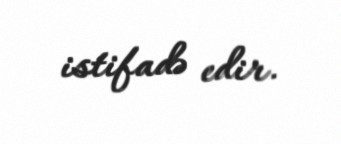
istifadə edir.